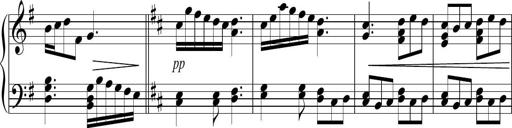
Title: Sonatina no. 2
Composer: Brian Henderson-Sellers
Key: G major